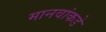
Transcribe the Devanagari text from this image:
मानवांकडे